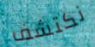
نكتشف